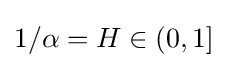
1/\alpha =H\in (0,1]